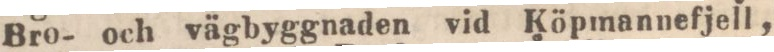
Bro- och vägbyggnaden vid Köpmannefjell,